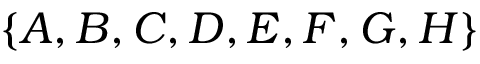
\{ A , B , C , D , E , F , G , H \}